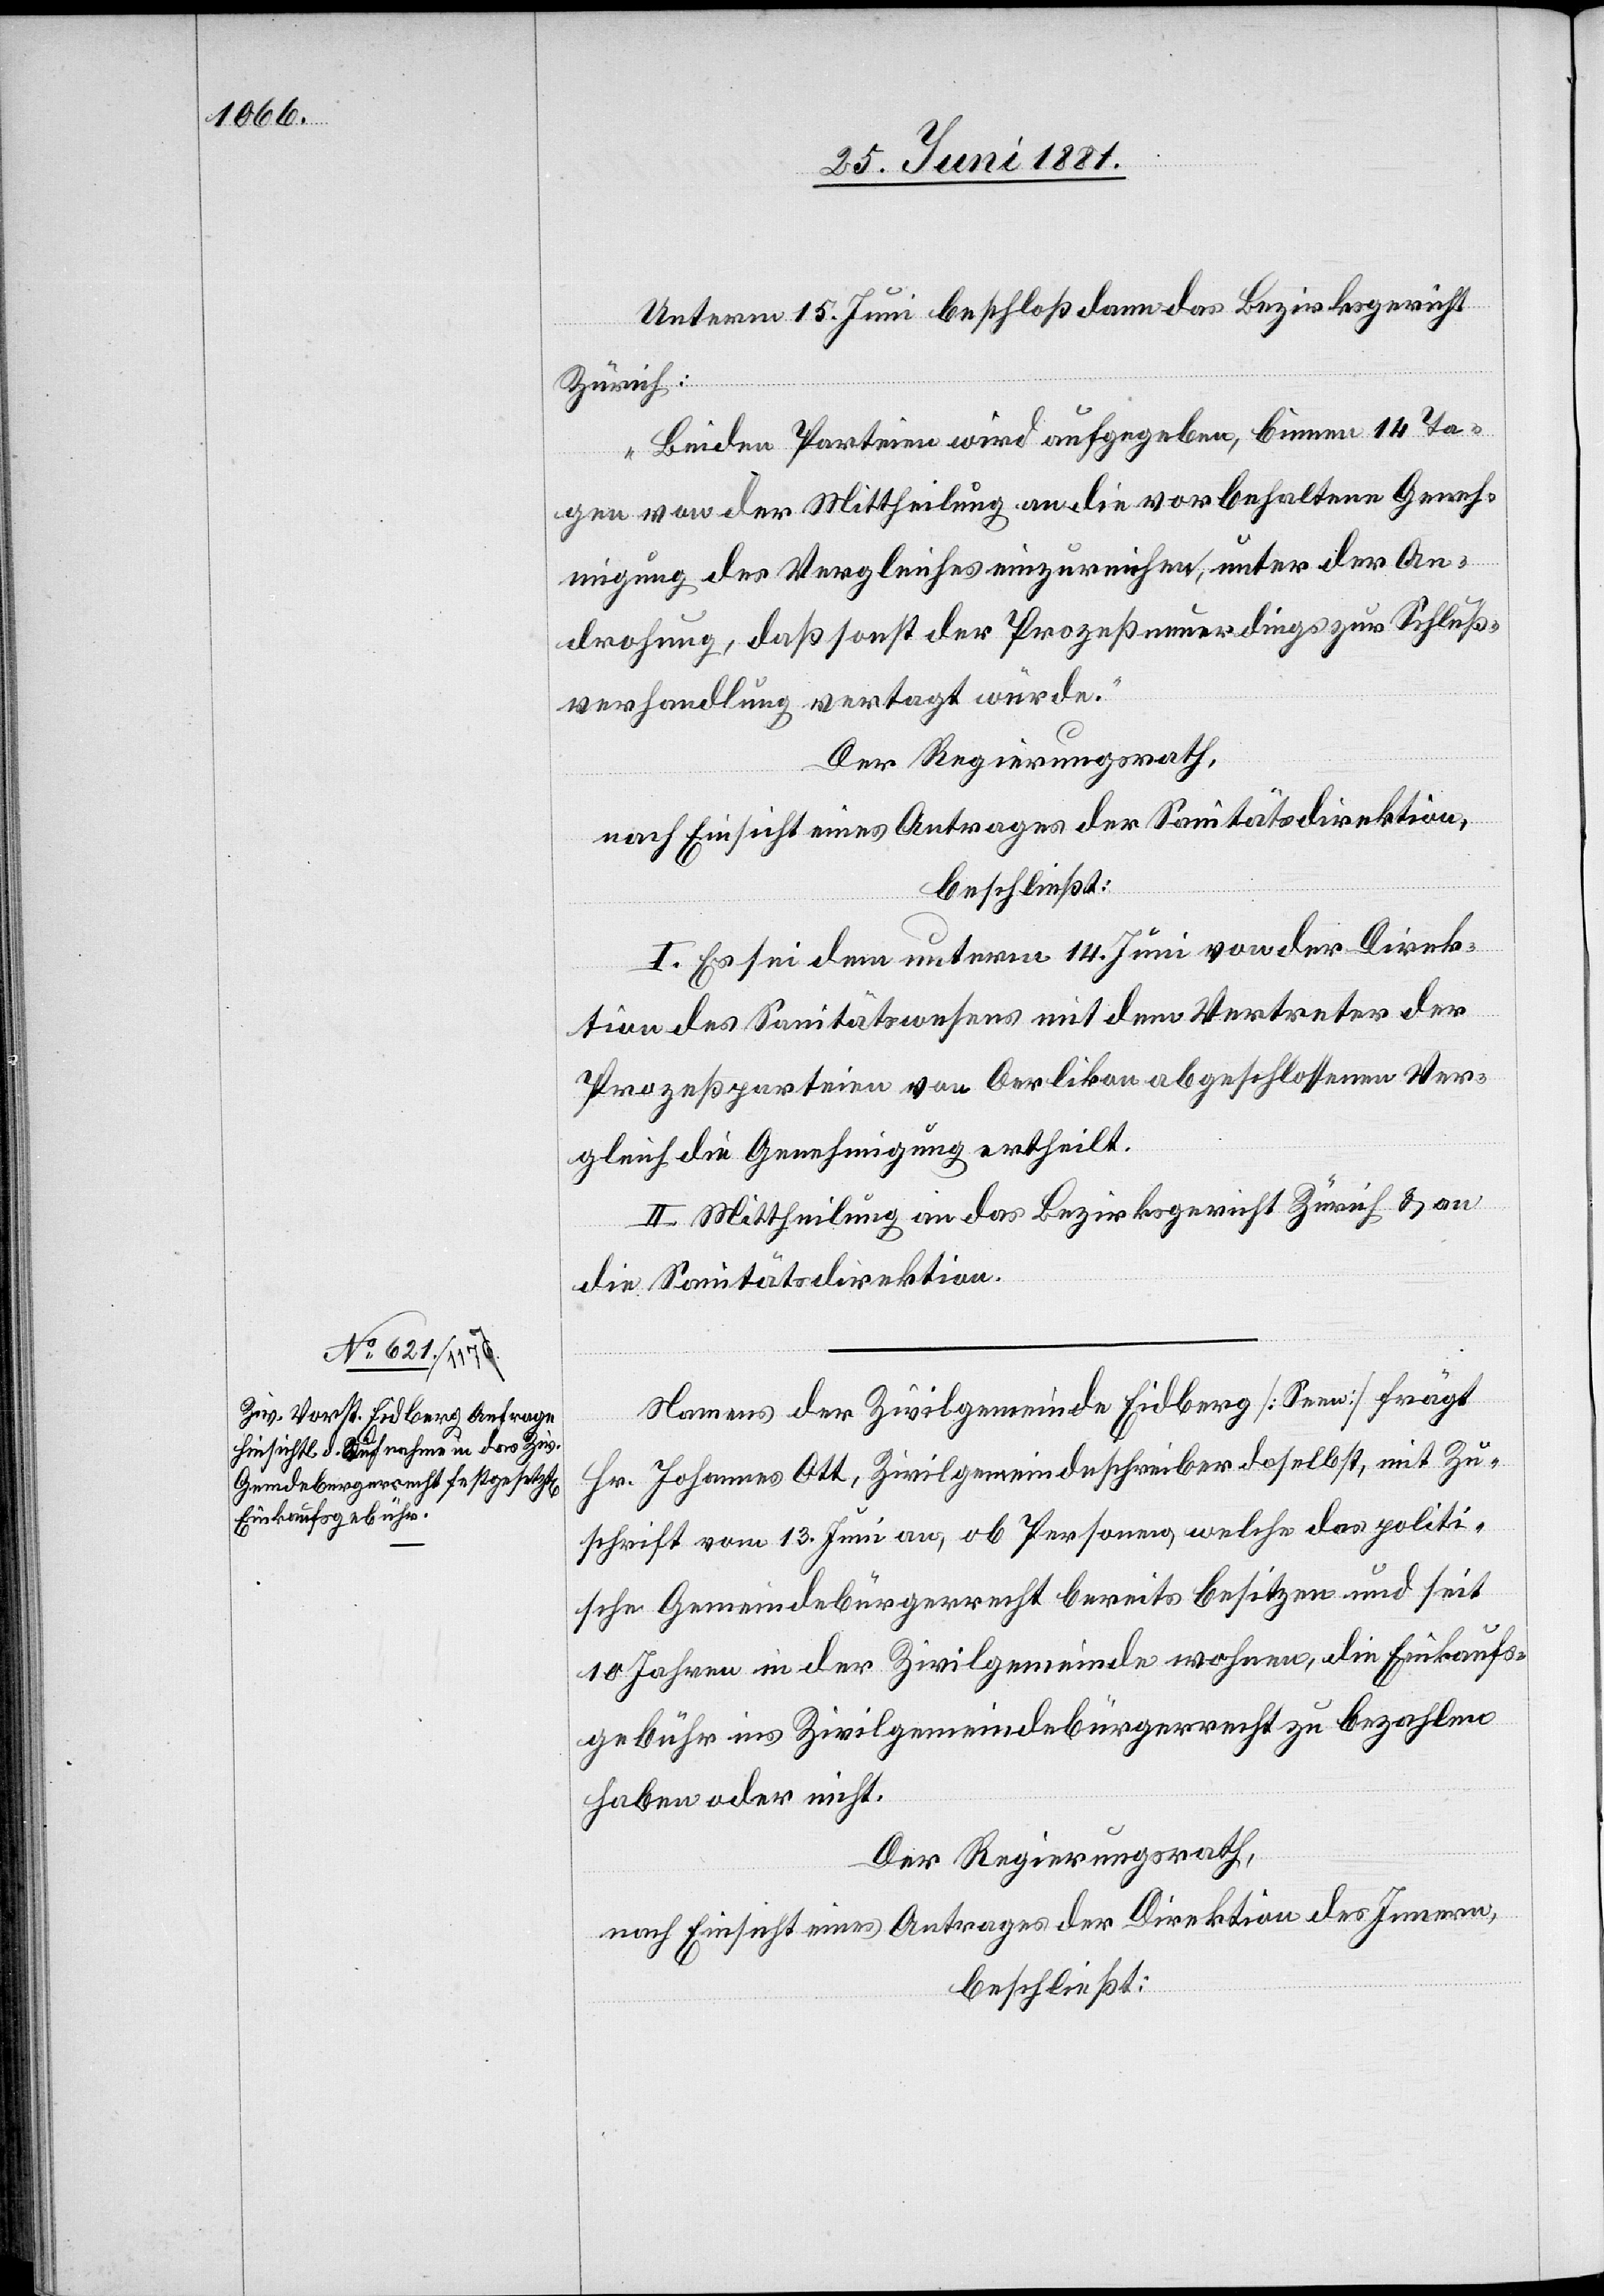
Unterm 15. Juni beschloß dann das Bezirksgericht
Zürich:
„Beiden Parteien wird aufgegeben, binnen 14 Ta¬
gen von der Mittheilung an die vorbehaltene Geneh¬
migung des Vergleiches einzureichen, unter der An¬
drohung, daß sonst der Prozeß neuerdings zur Schluß¬
verhandlung vertagt würde.“
Der Regierungsrath,
nach Einsicht eines Antrages der Sanitätsdirektion,
beschließt:
I. Es sei dem unterm 14. Juni von der Direk¬
tion des Sanitätswesens mit dem Vertreter der
Prozeßparteien von Oerlikon abgeschlossenen Ver¬
gleich die Genehmigung ertheilt.
II. Mittheilung an das Bezirksgericht Zürich & an
die Sanitätsdirektion.
Namens der Zivilgemeinde Eidberg [Seen] frägt
Hr. Johannes Ott, Zivilgemeindeschreiber daselbst, mit Zu¬
schrift vom 13. Juni an, ob Personen, welche das politi¬
sche Gemeindebürgerrecht bereits besitzen und seit
10 Jahren in der Zivilgemeinde wohnen, die Einkaufs¬
gebühr ins Zivilgemeindebürgerrecht zu bezahlen
haben oder nicht.
Der Regierungsrath,
nach Einsicht eines Antrages der Direktion des Innern,
beschließt: